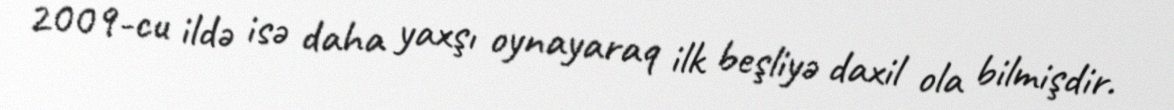
2009-cu ildə isə daha yaxşı oynayaraq ilk beşliyə daxil ola bilmişdir.